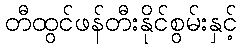
တီထွင်ဖန်တီးနိုင်စွမ်းနှင့်